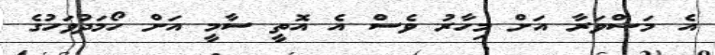
އެ މަޝްވަރާ އަށް މިހާރު ވެސް އެ އޮތީ ސާމީ އަށް ހޯމަދުވަހުގެ